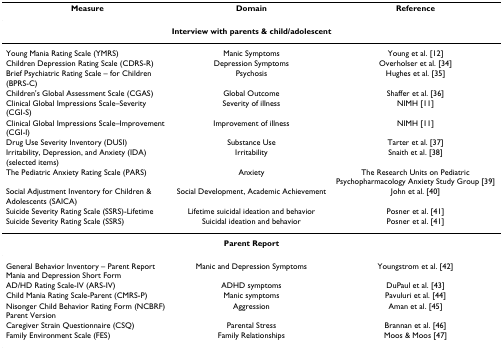
| Measure | Domain | Reference |
 | --- | --- | --- |
 | <COLSPAN=3> Interview with parents & child/adolescent |
 | Young Mania Rating Scale (YMRS) | Manic Symptoms | Young et al. [12] |
 | Children Depression Rating Scale (CDRS-R) | Depression Symptoms | Overholser et al. [34] |
 | Brief Psychiatric Rating Scale – for Children (BPRS-C) | Psychosis | Hughes et al. [35] |
 | Children's Global Assessment Scale (CGAS) | Global Outcome | Shaffer et al. [36] |
 | Clinical Global Impressions Scale–Severity (CGI-S) | Severity of illness | NIMH [11] |
 | Clinical Global Impressions Scale–Improvement (CGI-I) | Improvement of illness | NIMH [11] |
 | Drug Use Severity Inventory (DUSI) | Substance Use | Tarter et al. [37] |
 | Irritability, Depression, and Anxiety (IDA) (selected items) | Irritability | Snaith et al. [38] |
 | The Pediatric Anxiety Rating Scale (PARS) | Anxiety | The Research Units on Pediatric Psychopharmacology Anxiety Study Group [39] |
 | Social Adjustment Inventory for Children & Adolescents (SAICA) | Social Development, Academic Achievement | John et al. [40] |
 | Suicide Severity Rating Scale (SSRS)-Lifetime | Lifetime suicidal ideation and behavior | Posner et al. [41] |
 | Suicide Severity Rating Scale (SSRS) | Suicidal ideation and behavior | Posner et al. [41] |
 | <COLSPAN=3> Parent Report |
 | General Behavior Inventory – Parent Report Mania and Depression Short Form | Manic and Depression Symptoms | Youngstrom et al. [42] |
 | AD/HD Rating Scale-IV (ARS-IV) | ADHD symptoms | DuPaul et al. [43] |
 | Child Mania Rating Scale-Parent (CMRS-P) | Manic symptoms | Pavuluri et al. [44] |
 | Nisonger Child Behavior Rating Form (NCBRF) Parent Version | Aggression | Aman et al. [45] |
 | Caregiver Strain Questionnaire (CSQ) | Parental Stress | Brannan et al. [46] |
 | Family Environment Scale (FES) | Family Relationships | Moos & Moos [47] |